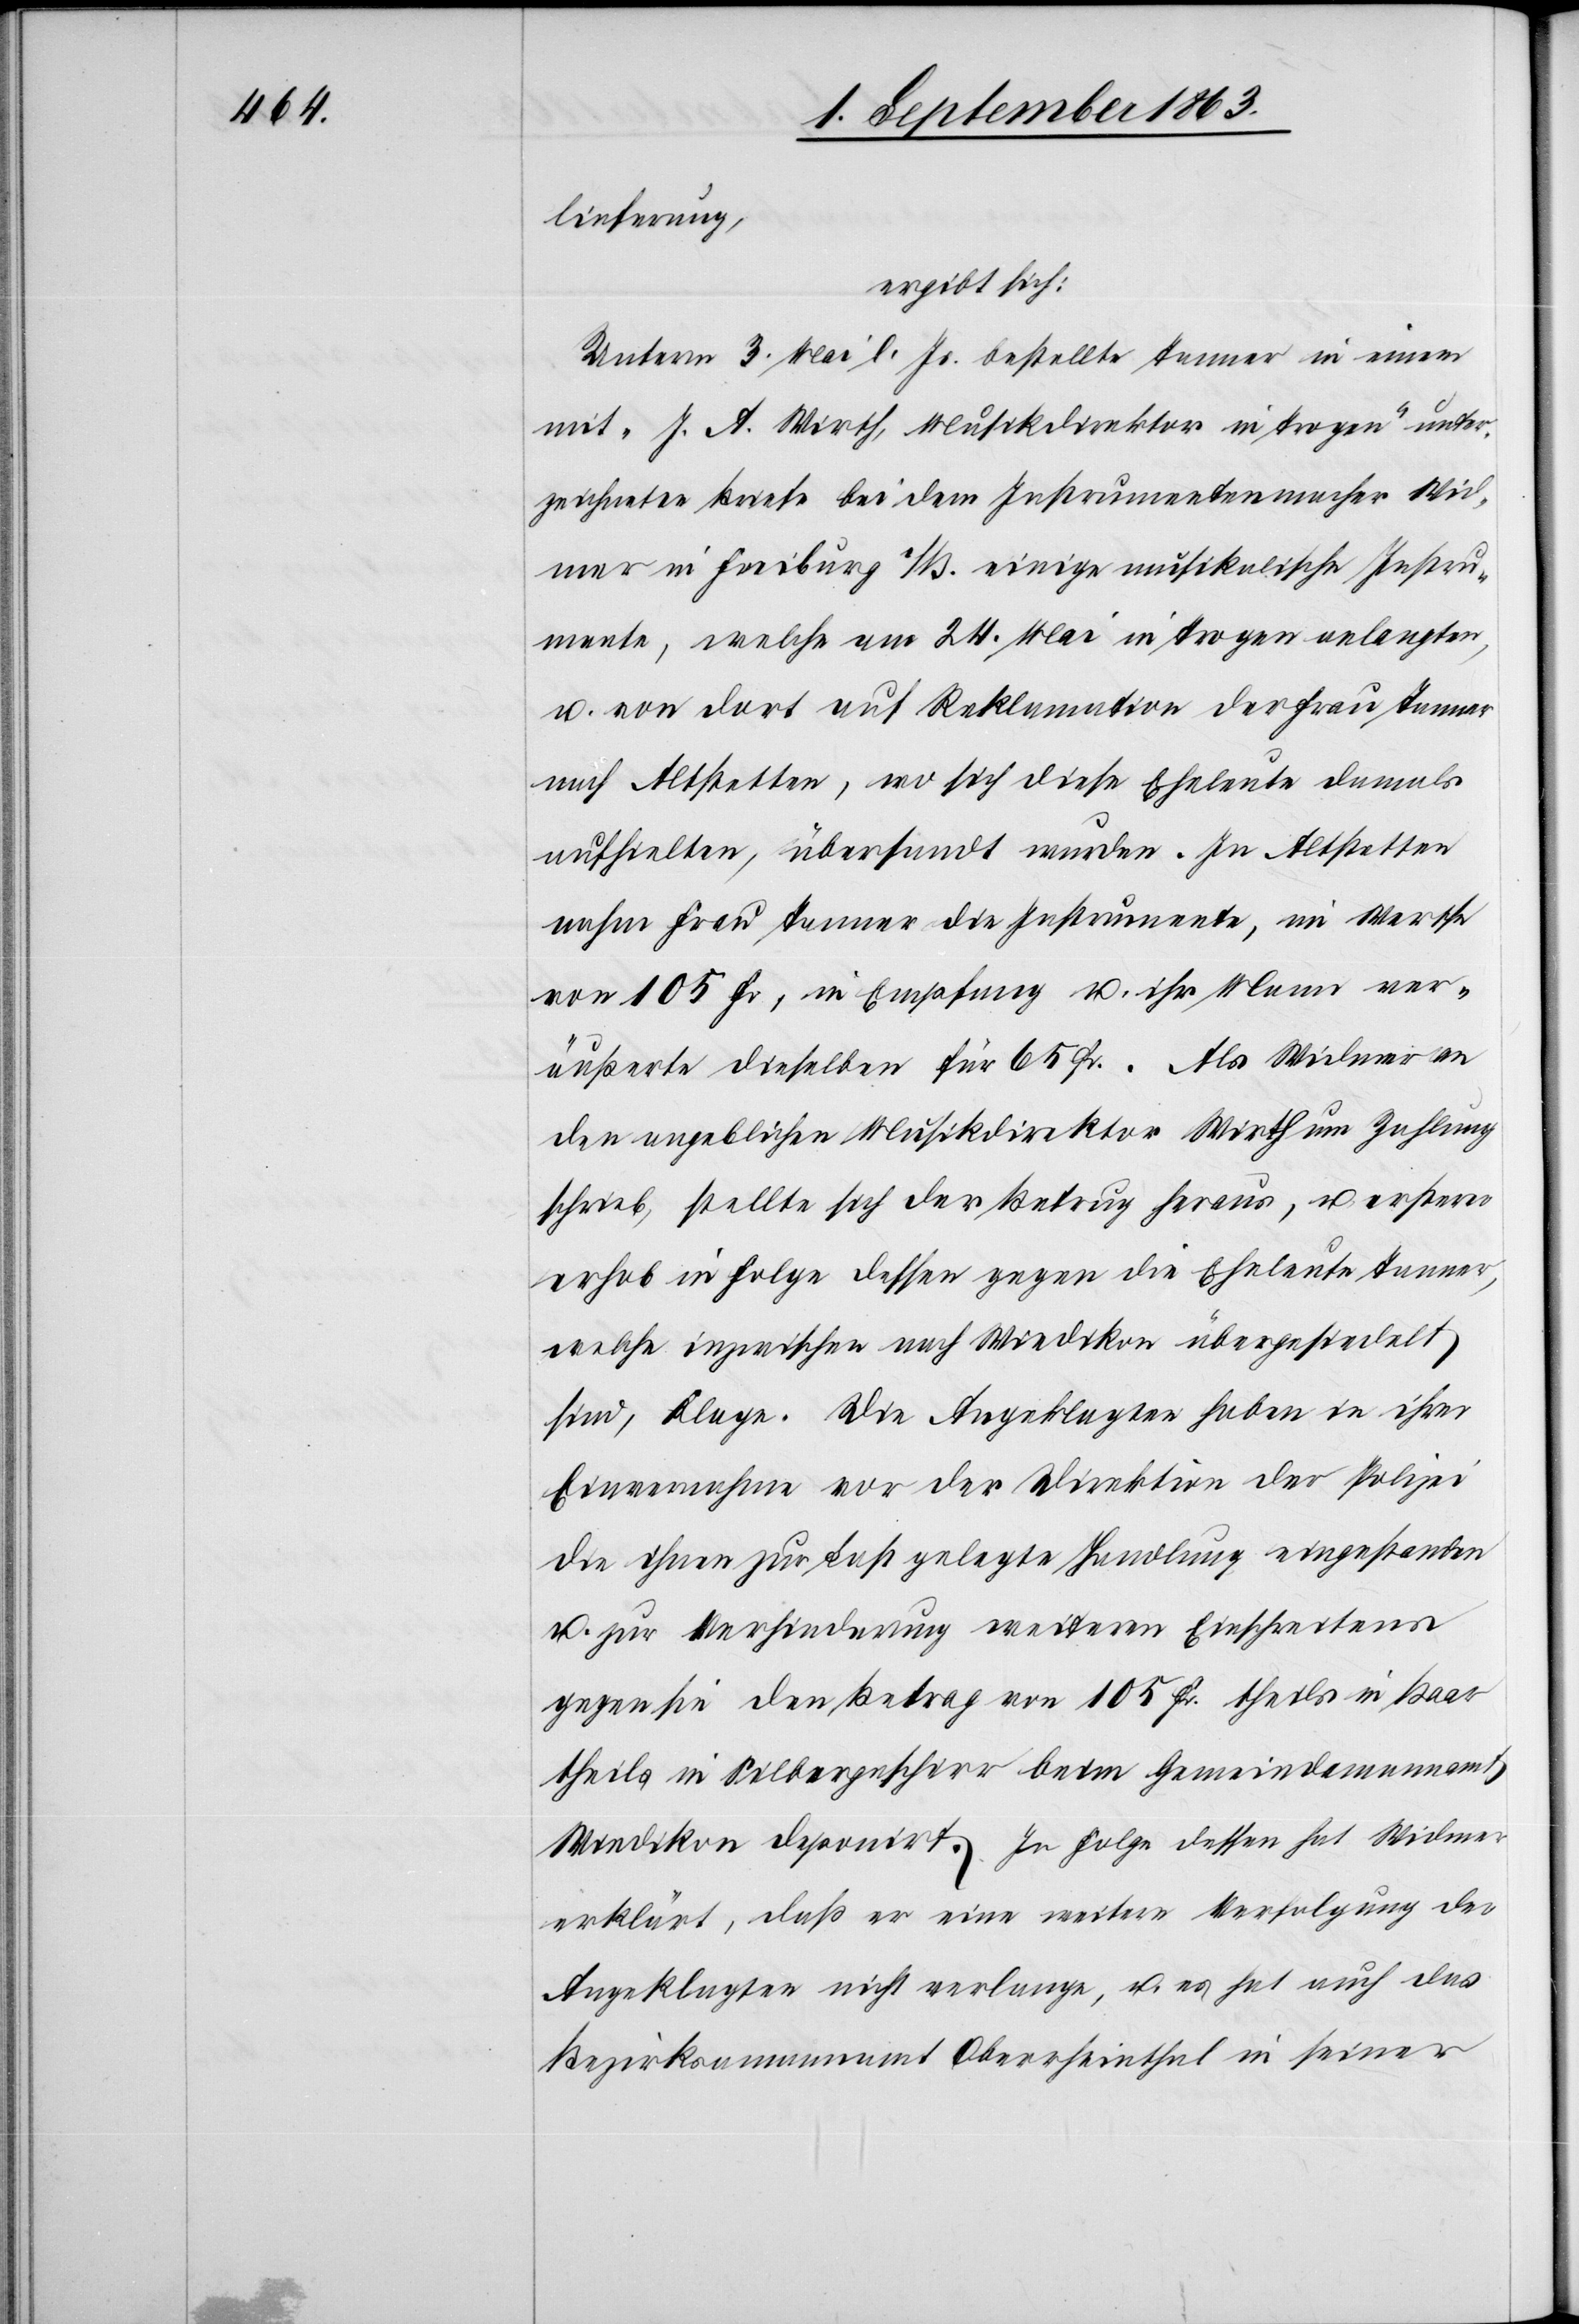
lieferung,
ergibt sich:
Unterm 3. Mai l. Js. bestellte Tanner in einem
mit „J. A. Wirth, Musikdirektor in Trogen“ unter¬
zeichneten Briefe bei dem Instrumentenmacher Wi¬
dmer in Freiburg i/B. einige musikalische Instru¬
mente, welche am 24. Mai in Trogen anlangten,
u. von dort auf Reklamation der Frau Tanner
nach Altstetten, wo sich diese Eheleute damals
aufhielten, übersandt wurden. In Altstetten
nahm Frau Tanner die Instrumente, im Werthe
von 105 Fr., in Empfang u. ihr Mann ver¬
äußerte dieselben für 65 Fr. Als Widmer an
den angeblichen Musikdirektor Wirth um Zahlung
schrieb, stellte sich der Betrug heraus, u. ersterer
erhob in Folge dessen gegen die Eheleute Tanner,
welche inzwischen nach Wiedikon übergesiedelt
sind, Klage. Die Angeklagten haben in ihrer
Einvernahme vor der Direktion der Polizei
die ihnen zur Last gelegte Handlung eingestanden
u. zur Verhinderung weiteren Einschreitens
gegen sie den Betrag von 105 Fr. theils in Baar
theils in Silbergeschirr beim Gemeindamannamt
Wiedikon deponirt. In Folge dessen hat Widmer
erklärt, daß er eine weitere Verfolgung der
Angeklagten nicht verlange, u. es hat auch das
Bezirksamannamt Oberrheinthal in seiner